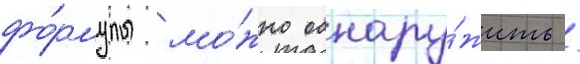
фо́рмулы мо́жно обнару́жить /